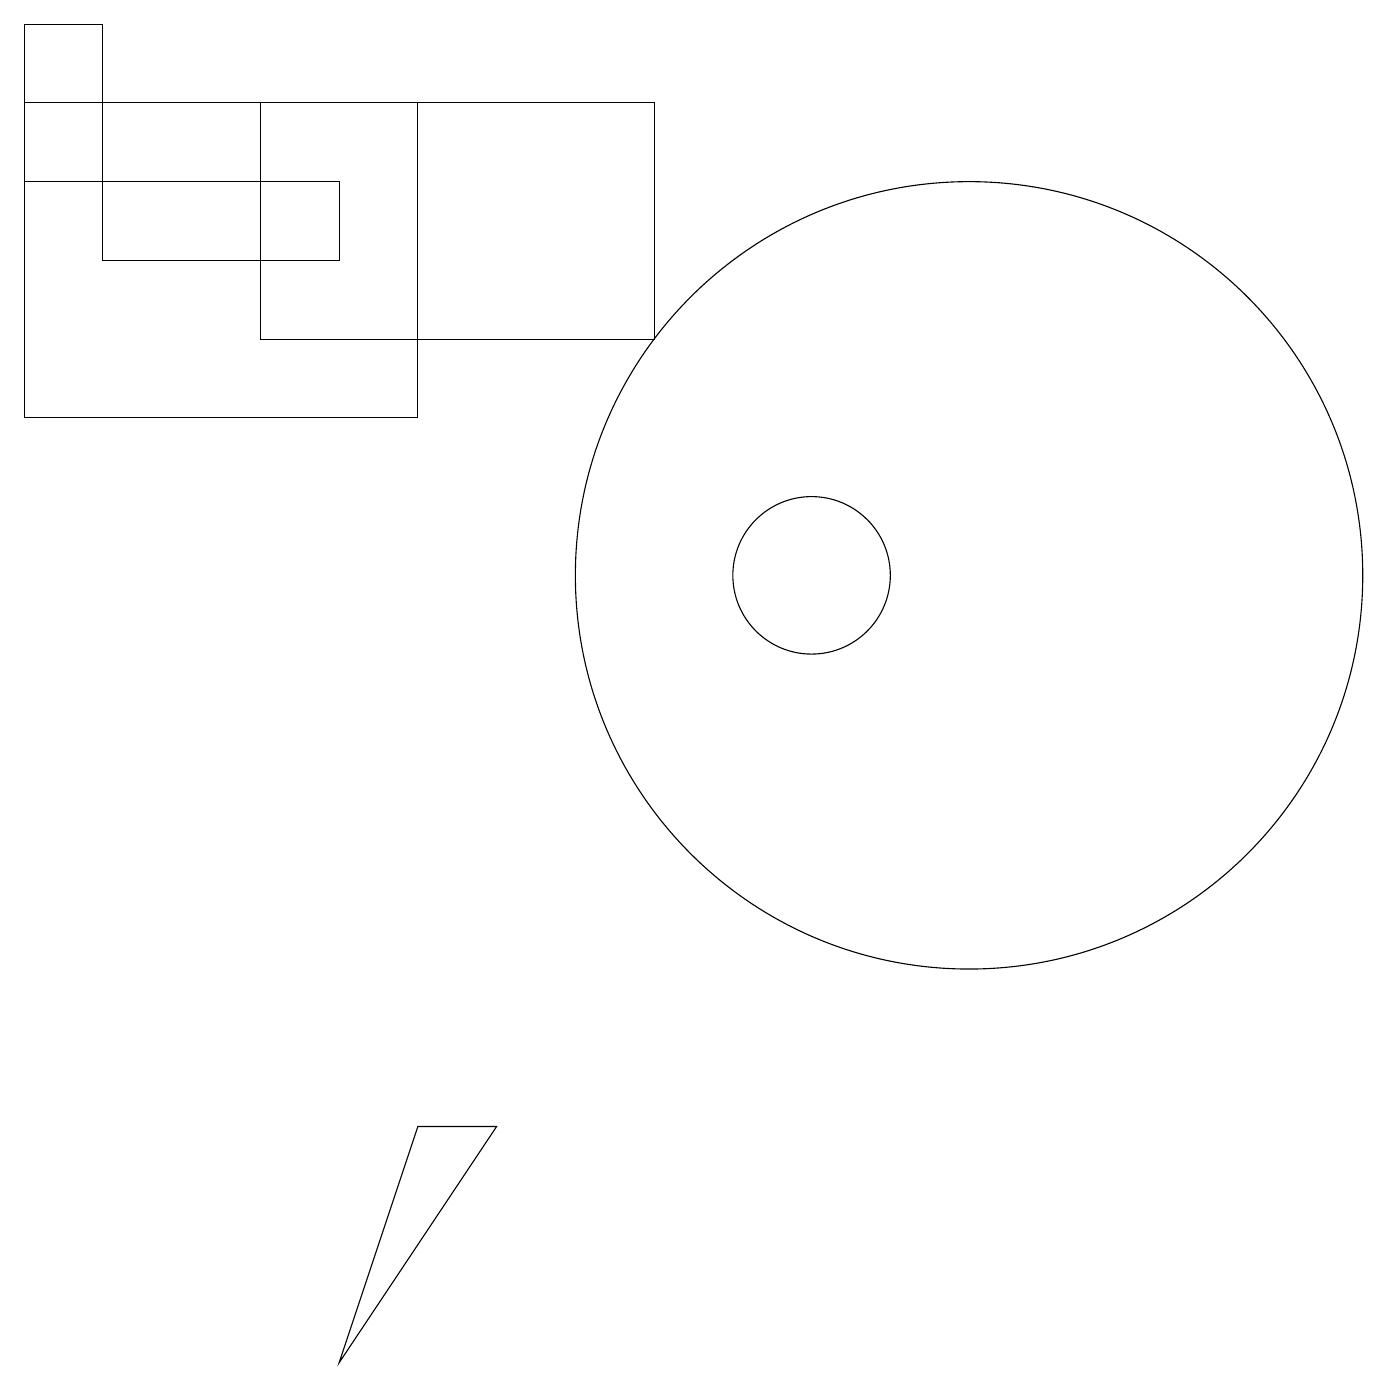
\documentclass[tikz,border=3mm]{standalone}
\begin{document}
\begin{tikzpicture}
\draw (10,10) circle (1);
\draw (8,16) rectangle (3,13);
\draw (4,15) rectangle (1,14);
\draw (12,10) circle (5);
\draw (0,15) rectangle (1,17);
\draw (5,16) rectangle (0,12);
\draw (6,3) -- (4,0) -- (5,3) -- cycle;
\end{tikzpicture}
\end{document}